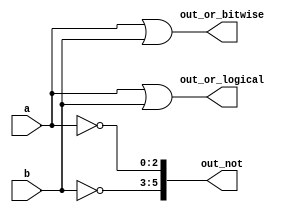
// Build a circuit that has two 3-bit inputs that computes the bitwise-OR of the two vectors, 
// the logical-OR of the two vectors, and the inverse (NOT) of both vectors. 
// Place the inverse of b in the upper half of out_not (i.e., bits [5:3]), 
// and the inverse of a in the lower half.

`default_nettype none     // Disable implicit nets. Reduces some types of bugs.

module top_module(
	input  [2:0] a,
	input  [2:0] b,
	output [2:0] out_or_bitwise,
	output out_or_logical,
	output [5:0] out_not
	);

	assign out_or_bitwise = a | b;
	assign out_or_logical = a || b;
	assign out_not[5:3] = ~b;
	assign out_not[2:0] = ~a;


endmodule